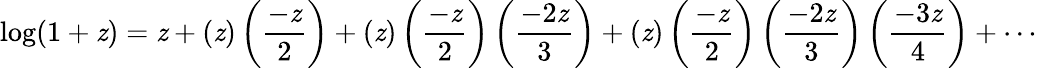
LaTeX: \log(1+\mathit{z})=\mathit{z}+(\mathit{z})\left({\frac{{-\mathit{z}}}{{2}}}\right)+(\mathit{z})\left({\frac{{-\mathit{z}}}{{2}}}\right)\left({\frac{{-2\mathit{z}}}{{3}}}\right)+(\mathit{z})\left({\frac{{-\mathit{z}}}{{2}}}\right)\left({\frac{{-2\mathit{z}}}{{3}}}\right)\left({\frac{{-3\mathit{z}}}{{4}}}\right)+\cdots